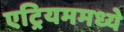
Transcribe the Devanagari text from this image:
एट्रियममध्ये